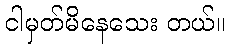
ငါမှတ်မိနေသေး တယ်။